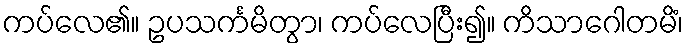
ကပ်လေ၏။ ဥပသင်္ကမိတွာ၊ ကပ်လေပြီး၍။ ကိသာဂေါတမိံ၊